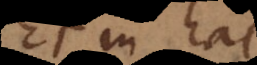
Et in hac